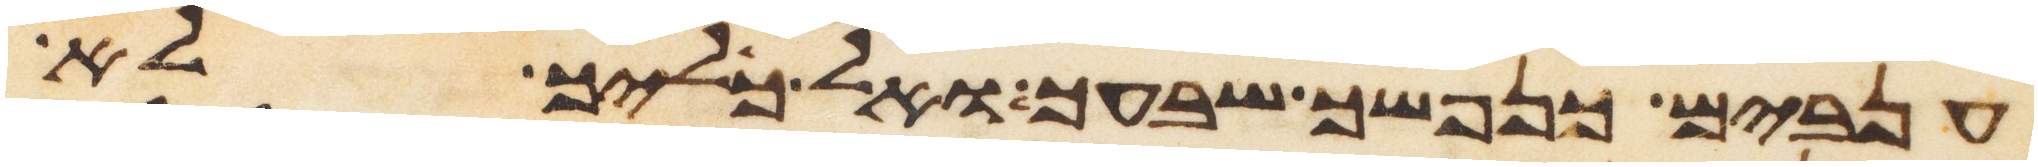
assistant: ענבים כנפשך שבעך ואל כליך לא